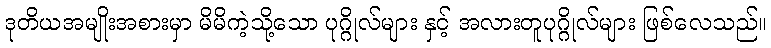
ဒုတိယအမျိုးအစားမှာ မိမိကဲ့သို့သော ပုဂ္ဂိုလ်များ နှင့် အလားတူပုဂ္ဂိုလ်များ ဖြစ်လေသည်။